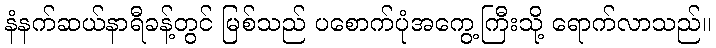
နံနက်ဆယ်နာရီခန့်တွင် မြစ်သည် ပစောက်ပုံအကွေ့ကြီးသို့ ရောက်လာသည်။